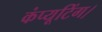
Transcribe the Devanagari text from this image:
कंप्यूटिंग।